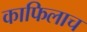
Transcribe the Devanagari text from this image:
काफिलाच